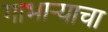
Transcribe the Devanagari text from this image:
गाभाऱ्याचा